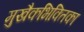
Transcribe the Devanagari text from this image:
मुखैकभिक्तिका